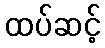
ထပ်ဆင့်